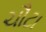
ચૌટા